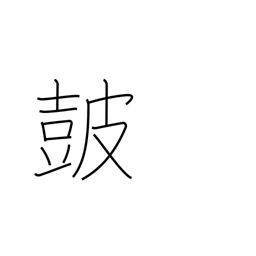
Meaning: drum